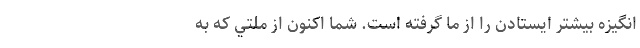
انگيزه بيشترْ ايستادن را از ما گرفته است. شما اكنون از ملتي كه به